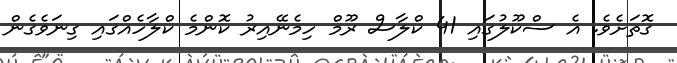
ގޮތަށެވެ. އެ ސްކޫލުގައި 41 ކްލާސް ރޫމް ހިމެނޭއިރު ކޮންމެ ކްލާހެއްގައި ގިނަވެގެން